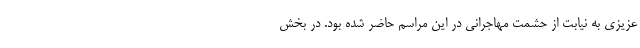
عزیزی به نیابت از حشمت مهاجرانی در این مراسم حاضر شده بود. در بخش